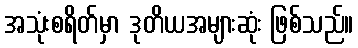
အသုံးစရိတ်မှာ ဒုတိယအများဆုံး ဖြစ်သည်။